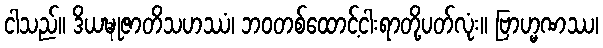
ငါသည်။ ဒိယဍ္ဎုဇာတိသဟဿံ၊ ဘဝတစ်ထောင့်ငါးရာတို့ပတ်လုံး။ ဗြာဟ္မဏဿ၊